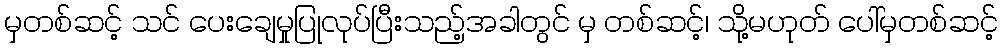
မှတစ်ဆင့် သင် ပေးချေမှုပြုလုပ်ပြီးသည့်အခါတွင် မှ တစ်ဆင့်၊ သို့မဟုတ် ပေါ်မှတစ်ဆင့်